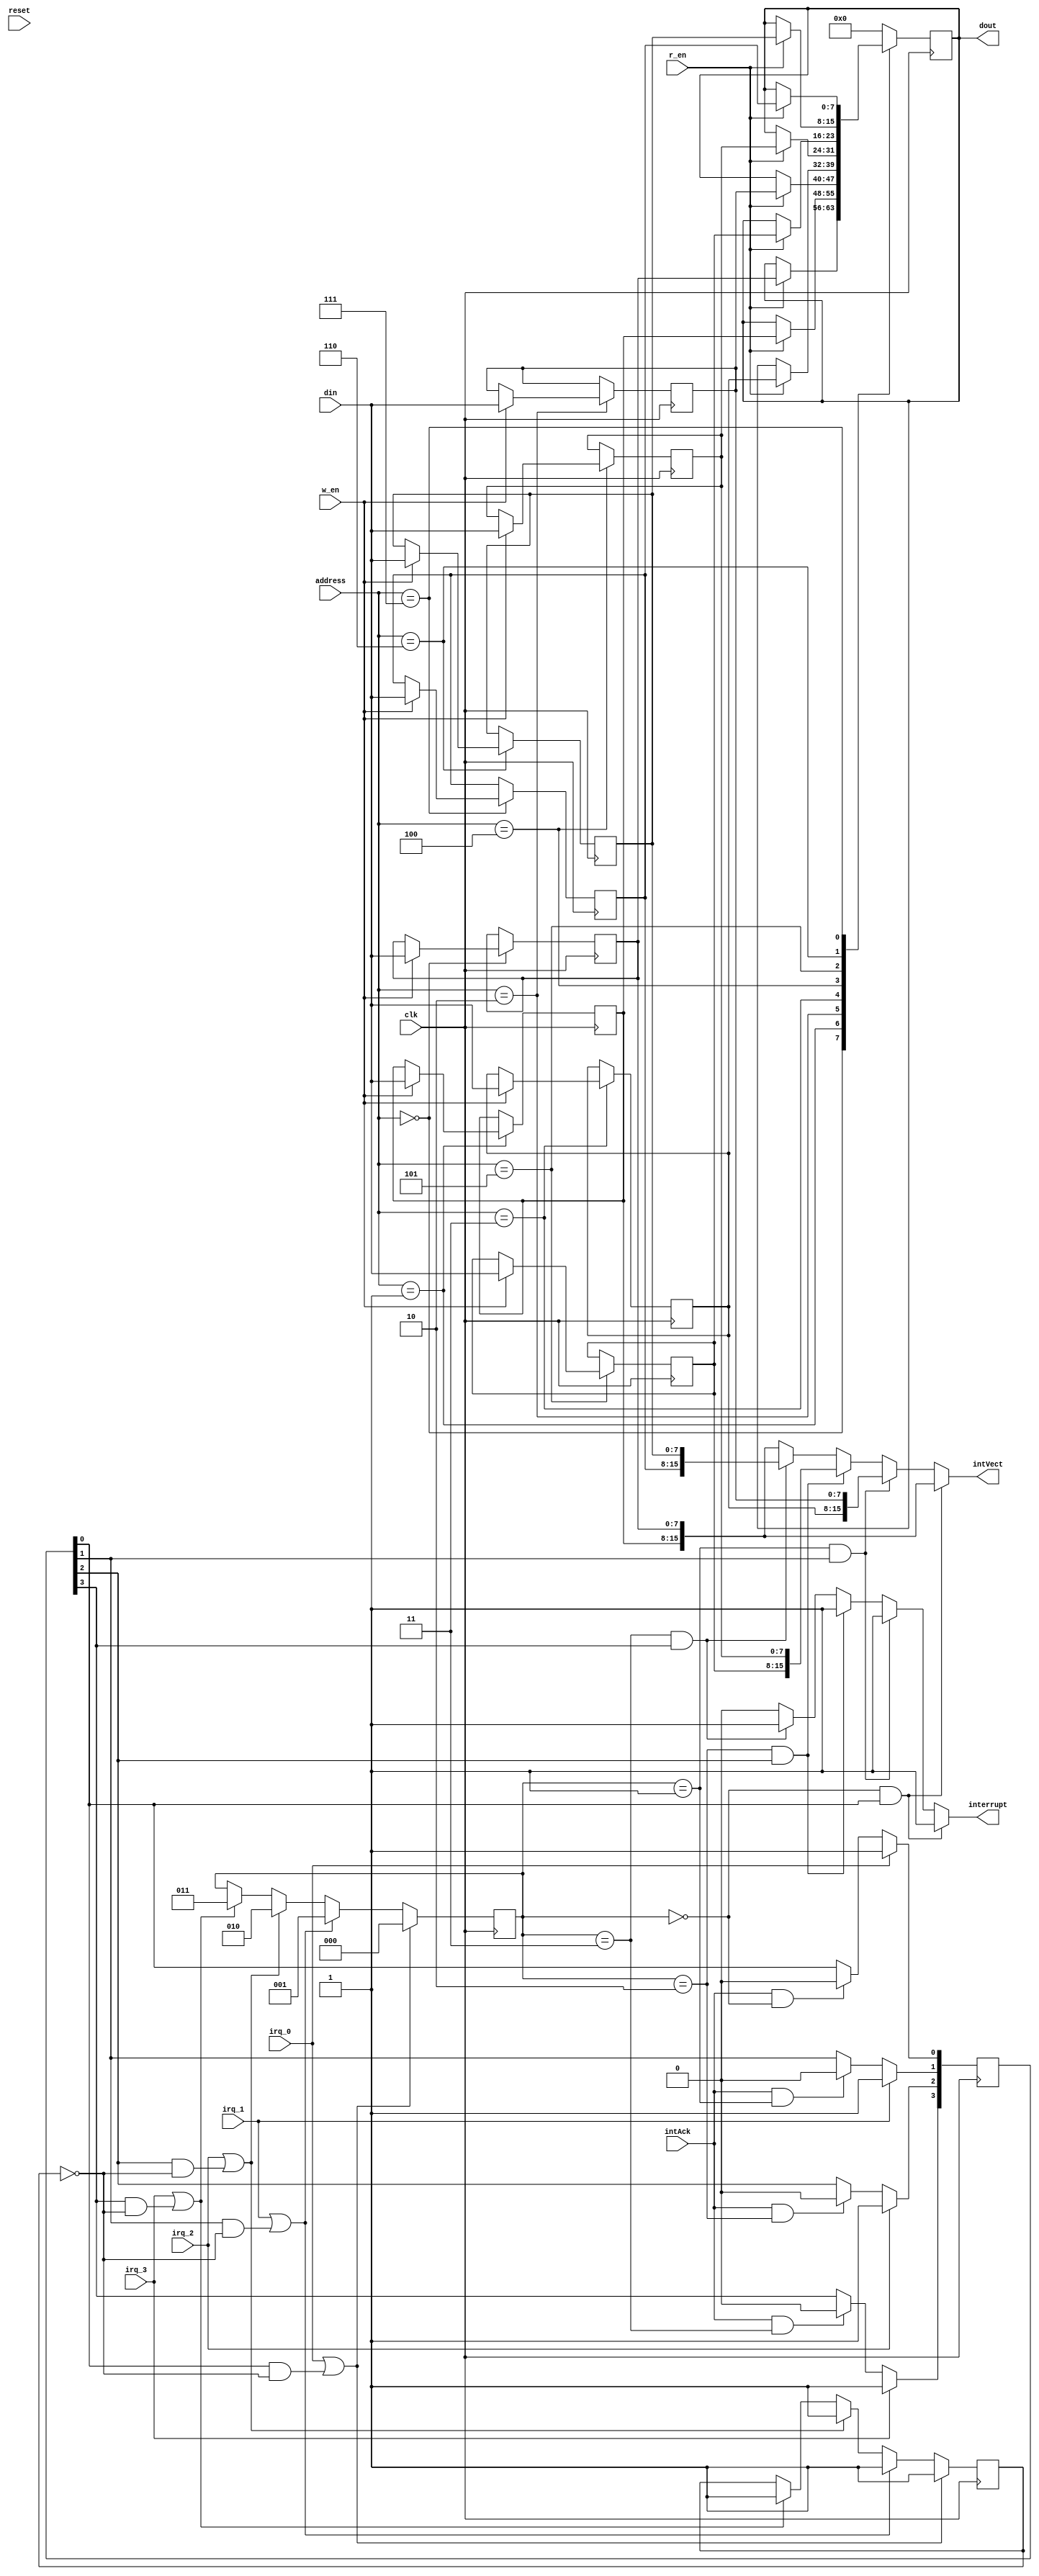
module pic(input wire clk,
           input wire reset,
           input wire [7:0] din,
           input wire [7:0] address,
           input wire w_en,
           input wire r_en,
           output reg [7:0] dout,

           // To the cpu
           output reg interrupt,
           output reg [15:0] intVect,

           // From the cpu
           input wire intAck,

           // From peripherals
           input wire irq_0,
           input wire irq_1,
           input wire irq_2,
           input wire irq_3,
);
    //**********************************************************
    parameter PIC_ADDRESS = 8'h00;
    localparam VECT_0L = PIC_ADDRESS;
    localparam VECT_0H = PIC_ADDRESS + 1;
    localparam VECT_1L = PIC_ADDRESS + 2;
    localparam VECT_1H = PIC_ADDRESS + 3;
    localparam VECT_2L = PIC_ADDRESS + 4;
    localparam VECT_2H = PIC_ADDRESS + 5;
    localparam VECT_3L = PIC_ADDRESS + 6;
    localparam VECT_3H = PIC_ADDRESS + 7;
    //**********************************************************
    reg [7:0] vect_0l;
    reg [7:0] vect_0h;
    reg [7:0] vect_1l;
    reg [7:0] vect_1h;
    reg [7:0] vect_2l;
    reg [7:0] vect_2h;
    reg [7:0] vect_3l;
    reg [7:0] vect_3h;
    always @(posedge clk) begin
        case(address)
            VECT_0L: begin
                if(w_en) begin
                    vect_0l <= din;
                end
                if(r_en) begin
                    dout <= vect_0l;
                end
            end
            VECT_0H: begin
                if(w_en) begin
                    vect_0h <= din;
                end
                if(r_en) begin
                    dout <= vect_0h;
                end
            end
            VECT_1L: begin
                if(w_en) begin
                    vect_1l <= din;
                end
                if(r_en) begin
                    dout <= vect_1l;
                end
            end
            VECT_1H: begin
                if(w_en) begin
                    vect_1h <= din;
                end
                if(r_en) begin
                    dout <= vect_1h;
                end
            end
            VECT_2L: begin
                if(w_en) begin
                    vect_2l <= din;
                end
                if(r_en) begin
                    dout <= vect_2l;
                end
            end
            VECT_2H: begin
                if(w_en) begin
                    vect_2h <= din;
                end
                if(r_en) begin
                    dout <= vect_2h;
                end
            end
            VECT_3L: begin
                if(w_en) begin
                    vect_3l <= din;
                end
                if(r_en) begin
                    dout <= vect_3l;
                end
            end
            VECT_3H: begin
                if(w_en) begin
                    vect_3h <= din;
                end
                if(r_en) begin
                    dout <= vect_3h;
                end
            end
            default begin
                dout <= 8'b0;
            end
        endcase
    end
    //**********************************************************
    // Latches incoming irqs into the pending register, and also
    // clears the pending bit corresponding to the current irq
    // if the intAck signal from the CPU is asserted. Also ff an
    // interrupt is not in progress, start the one pending that
    // has the highest priority, or the incoming irq with the
    // highest priority.
    reg [3:0] pending;
    reg [2:0] current;
    reg in_progress = 1'b0;
    always @(posedge clk) begin
        //******************************************************
        if(irq_0 == 1'b1) begin
            pending[0] <= 1'b1;
        end
        else if(intAck == 1'b1 && current == 2'd0) begin
            pending[0] <= 1'b0;
        end
        //******************************************************
        if(irq_1 == 1'b1) begin
            pending[1] <= 1'b1;
        end
        else if(intAck == 1'b1 && current == 2'd1) begin
            pending[1] <= 1'b0;
        end
        //******************************************************
        if(irq_2 == 1'b1) begin
            pending[2] <= 1'b1;
        end
        else if(intAck == 1'b1 && current == 2'd2) begin
            pending[2] <= 1'b0;
        end
        //******************************************************
        if(irq_3 == 1'b1) begin
            pending[3] <= 1'b1;
        end
        else if(intAck == 1'b1 && current == 2'd3) begin
            pending[3] <= 1'b0;
        end
        //******************************************************
        if(irq_0 == 1'b1 || pending[0] == 1'b1 && in_progress == 1'b0) begin
            in_progress <= 1'b1;
            current <= 2'd0;
        end
        else if(irq_1 == 1'b1 || pending[1] == 1'b1 && in_progress == 1'b0) begin
           in_progress <= 1'b1;
           current <= 2'd1;
        end
        else if(irq_2 == 1'b1 || pending[2] == 1'b1 && in_progress == 1'b0) begin
            in_progress <= 1'b1;
            current <= 2'd2;
        end
        else if(irq_3 == 1'b1 || pending[3] == 1'b1 && in_progress == 1'b0) begin
            in_progress <= 1'b1;
            current <= 2'd3;
        end
    end
    //**********************************************************
    // Signals the CPU with the current interrupt of
    // the highest priority
    always @(*) begin
        if(current == 2'd0 && pending[0] == 1'b1) begin
            interrupt = 1'b1;
            intVect = {vect_0h,vect_0l};
        end
        else if(current == 2'd1 && pending[1] == 1'b1) begin
            interrupt = 1'b1;
            intVect = {vect_1h,vect_1l};
        end
        else if(current == 2'd2 && pending[2] == 1'b1) begin
            interrupt = 1'b1;
            intVect = {vect_2h,vect_2l};
        end
        else if(current == 2'd3 && pending[3] == 1'b1) begin
            interrupt = 1'b1;
            intVect = {vect_3h,vect_3l};
        end
        else begin
            interrupt = 1'b0;
            intVect = {vect_0h,vect_0l};
        end
    end
    //**********************************************************
endmodule